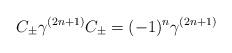
LaTeX: \begin{align*}C_\pm\gamma^{(2n+1)}C_\pm=(-1)^n\gamma^{(2n+1)}\end{align*}